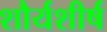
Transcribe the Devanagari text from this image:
शौर्यशीर्ष